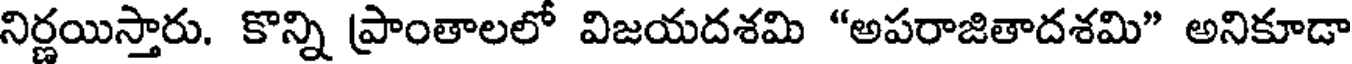
నిర్ణయిస్తారు. కొన్ని ప్రాంతాలలో విజయదశమి "అపరాజితాదశమి" అనికూడా